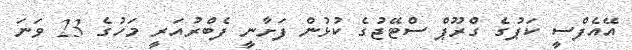
އޭއެފްސީ ކަޕުގެ ގްރޫޕް ސްޓޭޖުގެ ކުޅުން ފަށާނީ ފެބްރުއަރީ މަހުގެ 23 ވަނަ